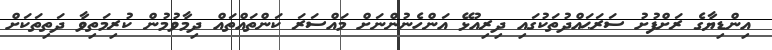
އިންޑިޔާގެ ރަށްފުށު ސަރަޙައްދުތަކުގައި ދިރިއުޅޭ އަންހެނުންނަށް މައްސަރަ ކަންތައްތައް ދިމާވުމުން ކުރިމަތިވާ ދަތިތަކަށް